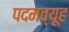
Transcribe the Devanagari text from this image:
पदमव्यूह